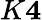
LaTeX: K\le 4